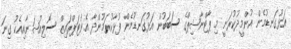
އަޅުގަނޑުމެން އުންމީދުކުރަނީ މި ޕާޓްނާޝިޕްގެ ސަބަބުން އަޅުގަނޑުމެން ފުޅާކުރަމުންދާ އެންޓަޕްރައިޒް ސޮލިއުޝަނާއިއެކު ގިނަ